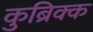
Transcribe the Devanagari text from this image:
कुब्रिक्क